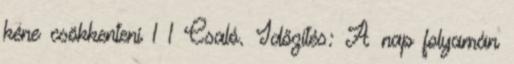
kéne csökkenteni 1 1 Csaló. Időzítés: A nap folyamán